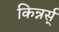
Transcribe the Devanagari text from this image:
किन्नर्स्